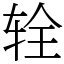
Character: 辁